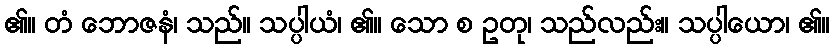
၏။ တံ ဘောဇနံ၊ သည်။ သပ္ပါယံ၊ ၏။ သော စ ဥတု၊ သည်လည်း။ သပ္ပါယော၊ ၏။